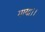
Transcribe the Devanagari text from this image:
गाया।।